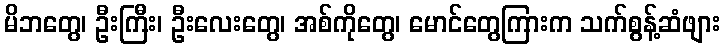
မိဘတွေ၊ ဦးကြီး၊ ဦးလေးတွေ၊ အစ်ကိုတွေ၊ မောင်တွေကြားက သက်စွန့်ဆံဖျား